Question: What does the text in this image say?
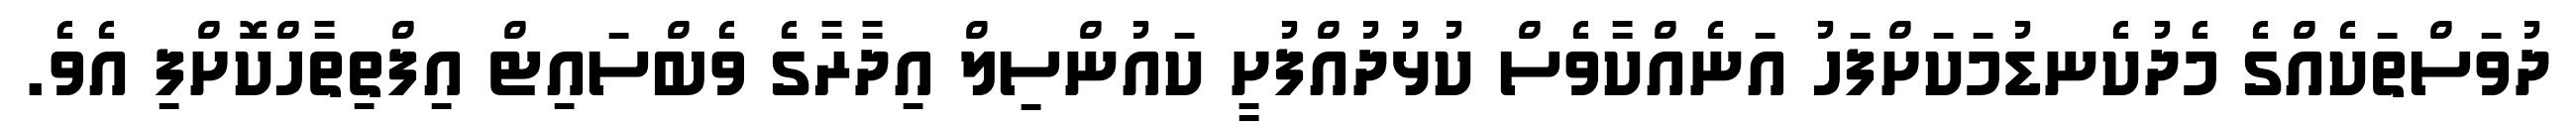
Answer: ދުވަސްތަކެއްގެ މެދުކެނޑުމަކަށްފަހު އަނެއްކާވެސް ކުޅުދުއްފުށީ ކައުންސިލް އިދާރާގެ ވެބްސައިޓް އިފްތިތާހްކޮށްފި އެވެ.